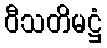
ဝီသတိမဋ္ဌံ